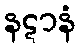
နဋာနံ